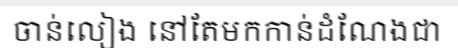
ចាន់លៀង នៅតែមកកាន់ដំណែងជា